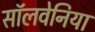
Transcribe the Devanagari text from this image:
सॉलवेनिया